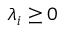
\lambda _ { i } \geq 0